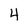
Character: 4